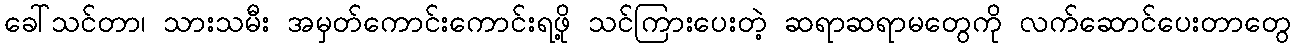
ခေါ်သင်တာ၊ သားသမီး အမှတ်ကောင်းကောင်းရဖို့ သင်ကြားပေးတဲ့ ဆရာဆရာမတွေကို လက်ဆောင်ပေးတာတွေ